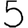
Digit: 5